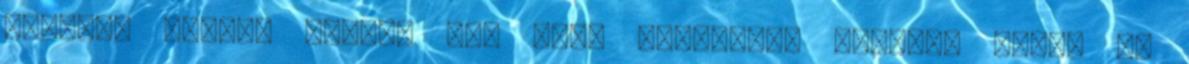
sikeres randi, amikre fel kell készülnöd Sikeres vagy, ha